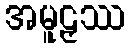
အမူဠှဿ